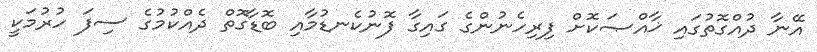
އޭނާ ދުއްގޮތުގައި ޚާއްޞަކޮށް ފިރިހެނުންގެ ގައިގާ ފޮނުކެނޑުމާއި ބޮޑާގޮތް ދެއްކުމުގެ ސިފަ ހުރުމަކީ